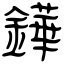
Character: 鏵